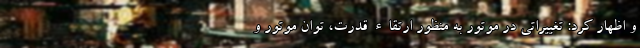
و اظهار کرد: تغییراتی در موتور به منظور ارتقاء قدرت، توان موتور و